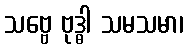
သဗ္ဗေ ဗုဒ္ဓါ သမသမာ၊